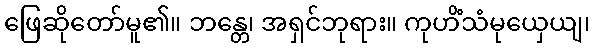
ဖြေဆိုတော်မူ၏။ ဘန္တေ၊ အရှင်ဘုရား။ ကုဟိံသံမုယှေယျ၊